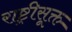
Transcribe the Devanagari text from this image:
राष्ट्रीसूक्त